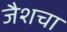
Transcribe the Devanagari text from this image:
जैशचा